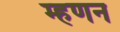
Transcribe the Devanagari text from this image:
म्हणन